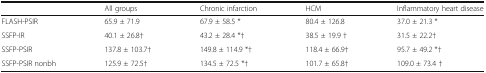
|  | All groups | Chronic infarction | HCM | Inflammatory heart disease |
 | --- | --- | --- | --- | --- |
 | FLASH-PSIR | 65.9 ± 71.9 | 67.9 ± 58.5 * | 80.4 ± 126.8 | 37.0 ± 21.3 * |
 | SSFP-IR | 40.1 ± 26.8† | 43.2 ± 28.4 *† | 38.5 ± 19.9 † | 31.5 ± 22.2† |
 | SSFP-PSIR | 137.8 ± 103.7† | 149.8 ± 114.9 *† | 118.4 ± 66.9† | 95.7 ± 49.2 *† |
 | SSFP-PSIR nonbh | 125.9 ± 72.5† | 134.5 ± 72.5 *† | 101.7 ± 65.8† | 109.0 ± 73.4 † |